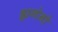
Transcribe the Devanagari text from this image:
ह्यगेनो